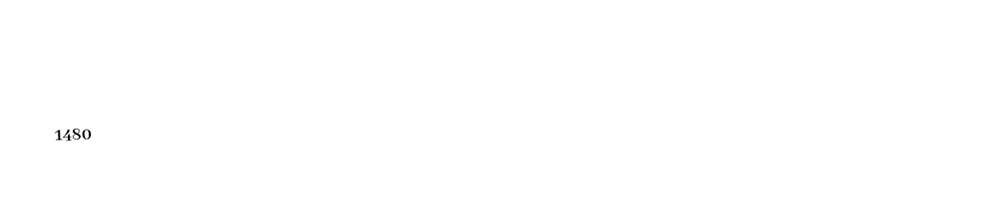

1480